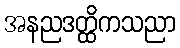
အနညဒတ္ထိကသညာ